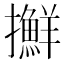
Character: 𢹛